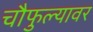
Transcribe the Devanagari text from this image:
चौफुल्यावर